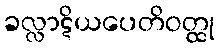
ခလ္လာဋိယပေတိဝတ္ထု